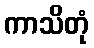
ကာသိတုံ